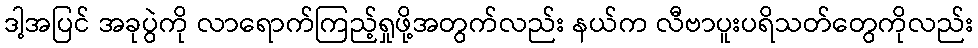
ဒါ့အပြင် အခုပွဲကို လာရောက်ကြည့်ရှုဖို့အတွက်လည်း နယ်က လီဗာပူးပရိသတ်တွေကိုလည်း